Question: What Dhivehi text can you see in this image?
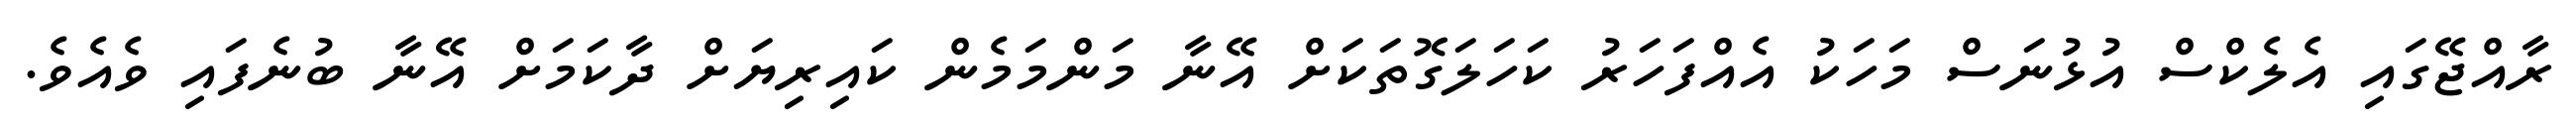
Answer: ރާއްޖޭގައި އެލެކްސް އުޅުނަސް މަހަކު އެއްފަހަރު ކަހަލަގޮތަކަށް އޭނާ މަންމަމެން ކައިރިޔަށް ދާކަމަށް އޭނާ ބުނެފައި ވެއެވެ.